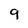
Character: 9